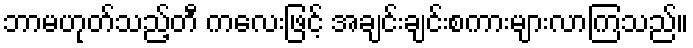
ဘာမဟုတ်သည့်တီ ကလေးဖြင့် အချင်းချင်းစကားများလာကြသည်။